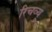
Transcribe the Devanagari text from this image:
रिचव्यू